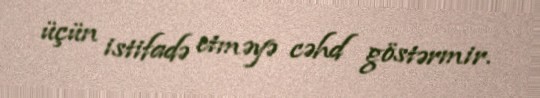
üçün istifadə etməyə cəhd göstərmir.